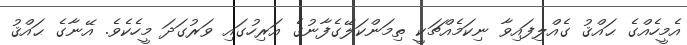
އެމީހެއްގެ ޙައްޤު ގެއްލިފައިވާ ނިކަމެއްޗަކީ ތިމަންކަލޭގެފާނުގެ އަރިހުގައި ވަރުގަދަ މީހެކެވެ. އޭނާގެ ޙައްޤު